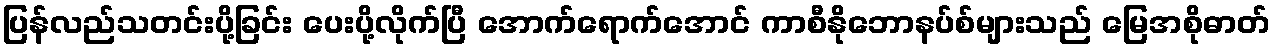
ပြန်လည်သတင်းပို့ခြင်း ပေးပို့လိုက်ပြီ အောက်ရောက်အောင် ကာစီနိုဘောနပ်စ်များသည် မြေအစိုဓာတ်